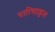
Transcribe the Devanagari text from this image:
पारिभद्रकुल